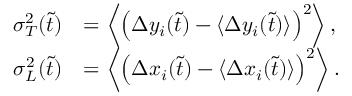
\begin{array} { r l } { \sigma _ { T } ^ { 2 } ( \tilde { t } ) } & { = \left\langle \left( \Delta y _ { i } ( \tilde { t } ) - \langle \Delta y _ { i } ( \tilde { t } ) \rangle \right) ^ { 2 } \right\rangle , } \\ { \sigma _ { L } ^ { 2 } ( \tilde { t } ) } & { = \left\langle \left( \Delta x _ { i } ( \tilde { t } ) - \langle \Delta x _ { i } ( \tilde { t } ) \rangle \right) ^ { 2 } \right\rangle . } \end{array}